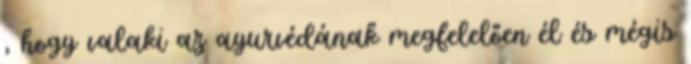
, hogy valaki az ayurvédának megfelelően él és mégis